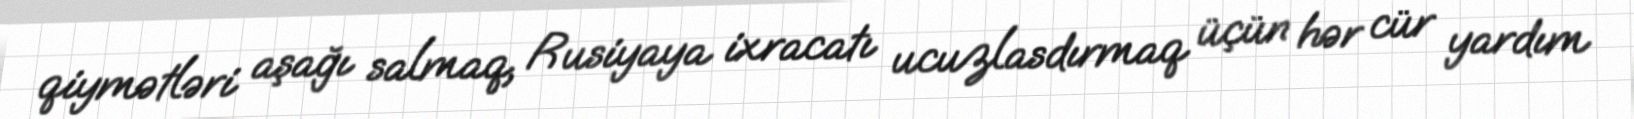
qiymətləri aşağı salmaq, Rusiyaya ixracatı ucuzlasdırmaq üçün hər cür yardım